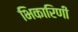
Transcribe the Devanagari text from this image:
भिकारिणी